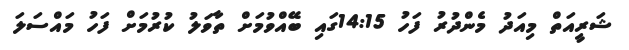
ޝަރީއަތް މިއަދު މެންދުރު ފަހު 14:15ގައި ބޭއްވުމަށް ތާވަލު ކުރުމަށް ފަހު މައްސަލަ